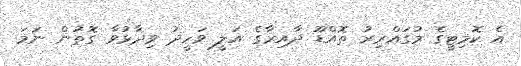
އެ ކޮމިޓީގެ މުގައްރިރު ތޮއްޑޫ ދާއިރާގެ އަލީ ވަހީދު ވިދާޅުވާ ގޮތުން ނަމަ